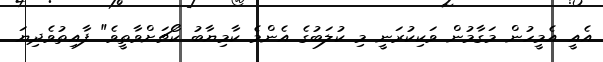
އެއީ އެމީހުން މަގާމުން ވަކިކުރަނީ މި ކުލަބުގެ އެންމެ ކާމިޔާބު ކޯޗަށްވާތީވެ" ފާއިތުވެދިޔަ